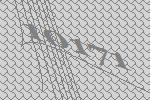
10171